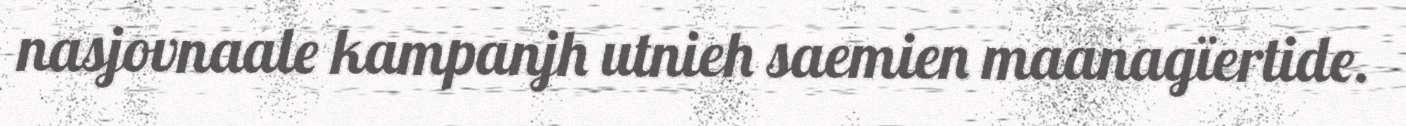
nasjovnaale kampanjh utnieh saemien maanagïertide.